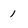
Character: 1